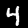
Label: 4